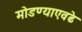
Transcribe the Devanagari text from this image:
मोडण्याएवढे